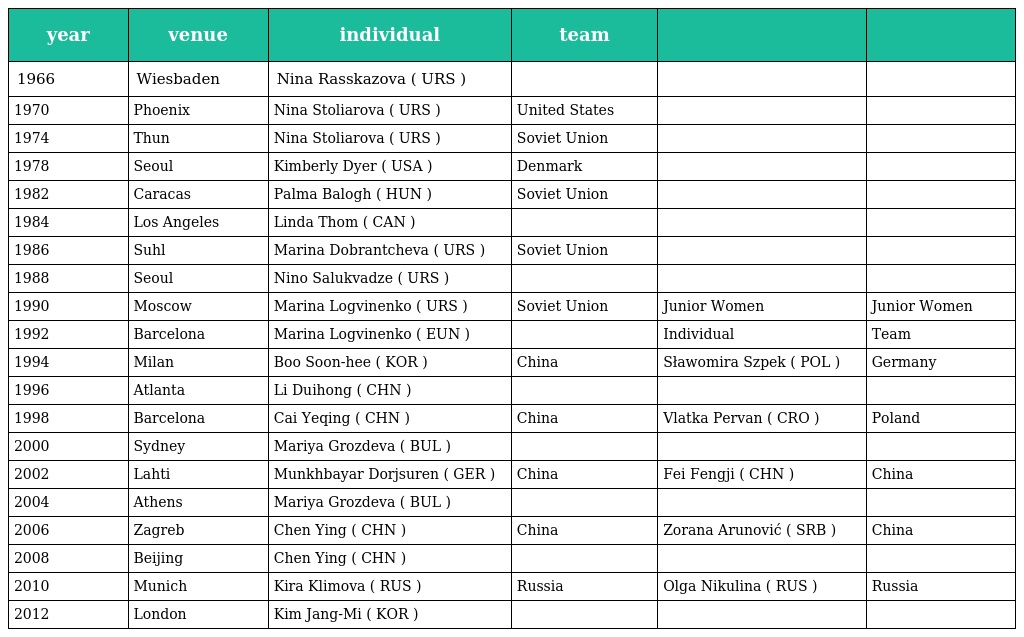
| year | venue | individual | team |  |  |
 | --- | --- | --- | --- | --- | --- |
 | 1966 | Wiesbaden | Nina Rasskazova ( URS ) |  |  |  |
 | 1970 | Phoenix | Nina Stoliarova ( URS ) | United States |  |  |
 | 1974 | Thun | Nina Stoliarova ( URS ) | Soviet Union |  |  |
 | 1978 | Seoul | Kimberly Dyer ( USA ) | Denmark |  |  |
 | 1982 | Caracas | Palma Balogh ( HUN ) | Soviet Union |  |  |
 | 1984 | Los Angeles | Linda Thom ( CAN ) |  |  |  |
 | 1986 | Suhl | Marina Dobrantcheva ( URS ) | Soviet Union |  |  |
 | 1988 | Seoul | Nino Salukvadze ( URS ) |  |  |  |
 | 1990 | Moscow | Marina Logvinenko ( URS ) | Soviet Union | Junior Women | Junior Women |
 | 1992 | Barcelona | Marina Logvinenko ( EUN ) |  | Individual | Team |
 | 1994 | Milan | Boo Soon-hee ( KOR ) | China | Sławomira Szpek ( POL ) | Germany |
 | 1996 | Atlanta | Li Duihong ( CHN ) |  |  |  |
 | 1998 | Barcelona | Cai Yeqing ( CHN ) | China | Vlatka Pervan ( CRO ) | Poland |
 | 2000 | Sydney | Mariya Grozdeva ( BUL ) |  |  |  |
 | 2002 | Lahti | Munkhbayar Dorjsuren ( GER ) | China | Fei Fengji ( CHN ) | China |
 | 2004 | Athens | Mariya Grozdeva ( BUL ) |  |  |  |
 | 2006 | Zagreb | Chen Ying ( CHN ) | China | Zorana Arunović ( SRB ) | China |
 | 2008 | Beijing | Chen Ying ( CHN ) |  |  |  |
 | 2010 | Munich | Kira Klimova ( RUS ) | Russia | Olga Nikulina ( RUS ) | Russia |
 | 2012 | London | Kim Jang-Mi ( KOR ) |  |  |  |